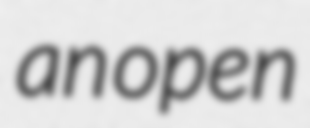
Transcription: an open